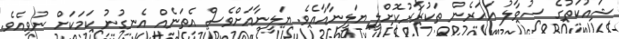
ޝައުކަތުގެ ސުވާލު އަހަރެން ތަކުރާރުކޮށްލީ ޔަލީނާއާއެވެ. ޔަލީނާއަށްވެސް އެތަނެއް އެނގުނު ކަމަކަށް ނުވިއެވެ.